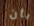
بأن